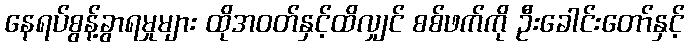
နေရပ်စွန့်ခွာရမှုများ ထိုအဝတ်နှင့်ထိလျှင် စစ်ဖက်ကို ဦးခေါင်းတော်နှင့်